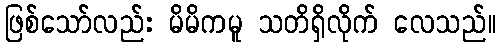
ဖြစ်သော်လည်း မိမိကမူ သတိရှိလိုက် လေသည်။